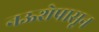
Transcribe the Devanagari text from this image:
नऊशेपासून